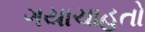
ગયાચાહતો